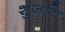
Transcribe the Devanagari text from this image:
शुजयि